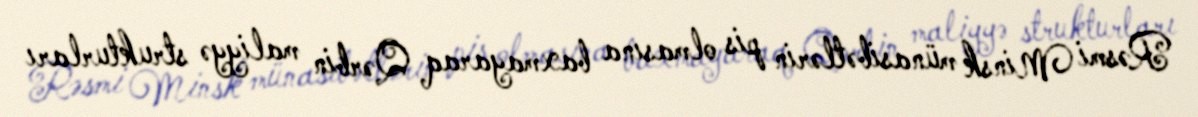
Rəsmi Minsk münasibətlərin pis olmasına baxmayaraq Qərbin maliyyə strukturları